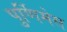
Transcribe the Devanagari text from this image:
पुर्णिमेस